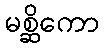
မစ္ဆိကော